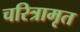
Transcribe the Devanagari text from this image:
चरित्रामृत